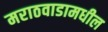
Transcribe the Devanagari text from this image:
मराठवाडामधील